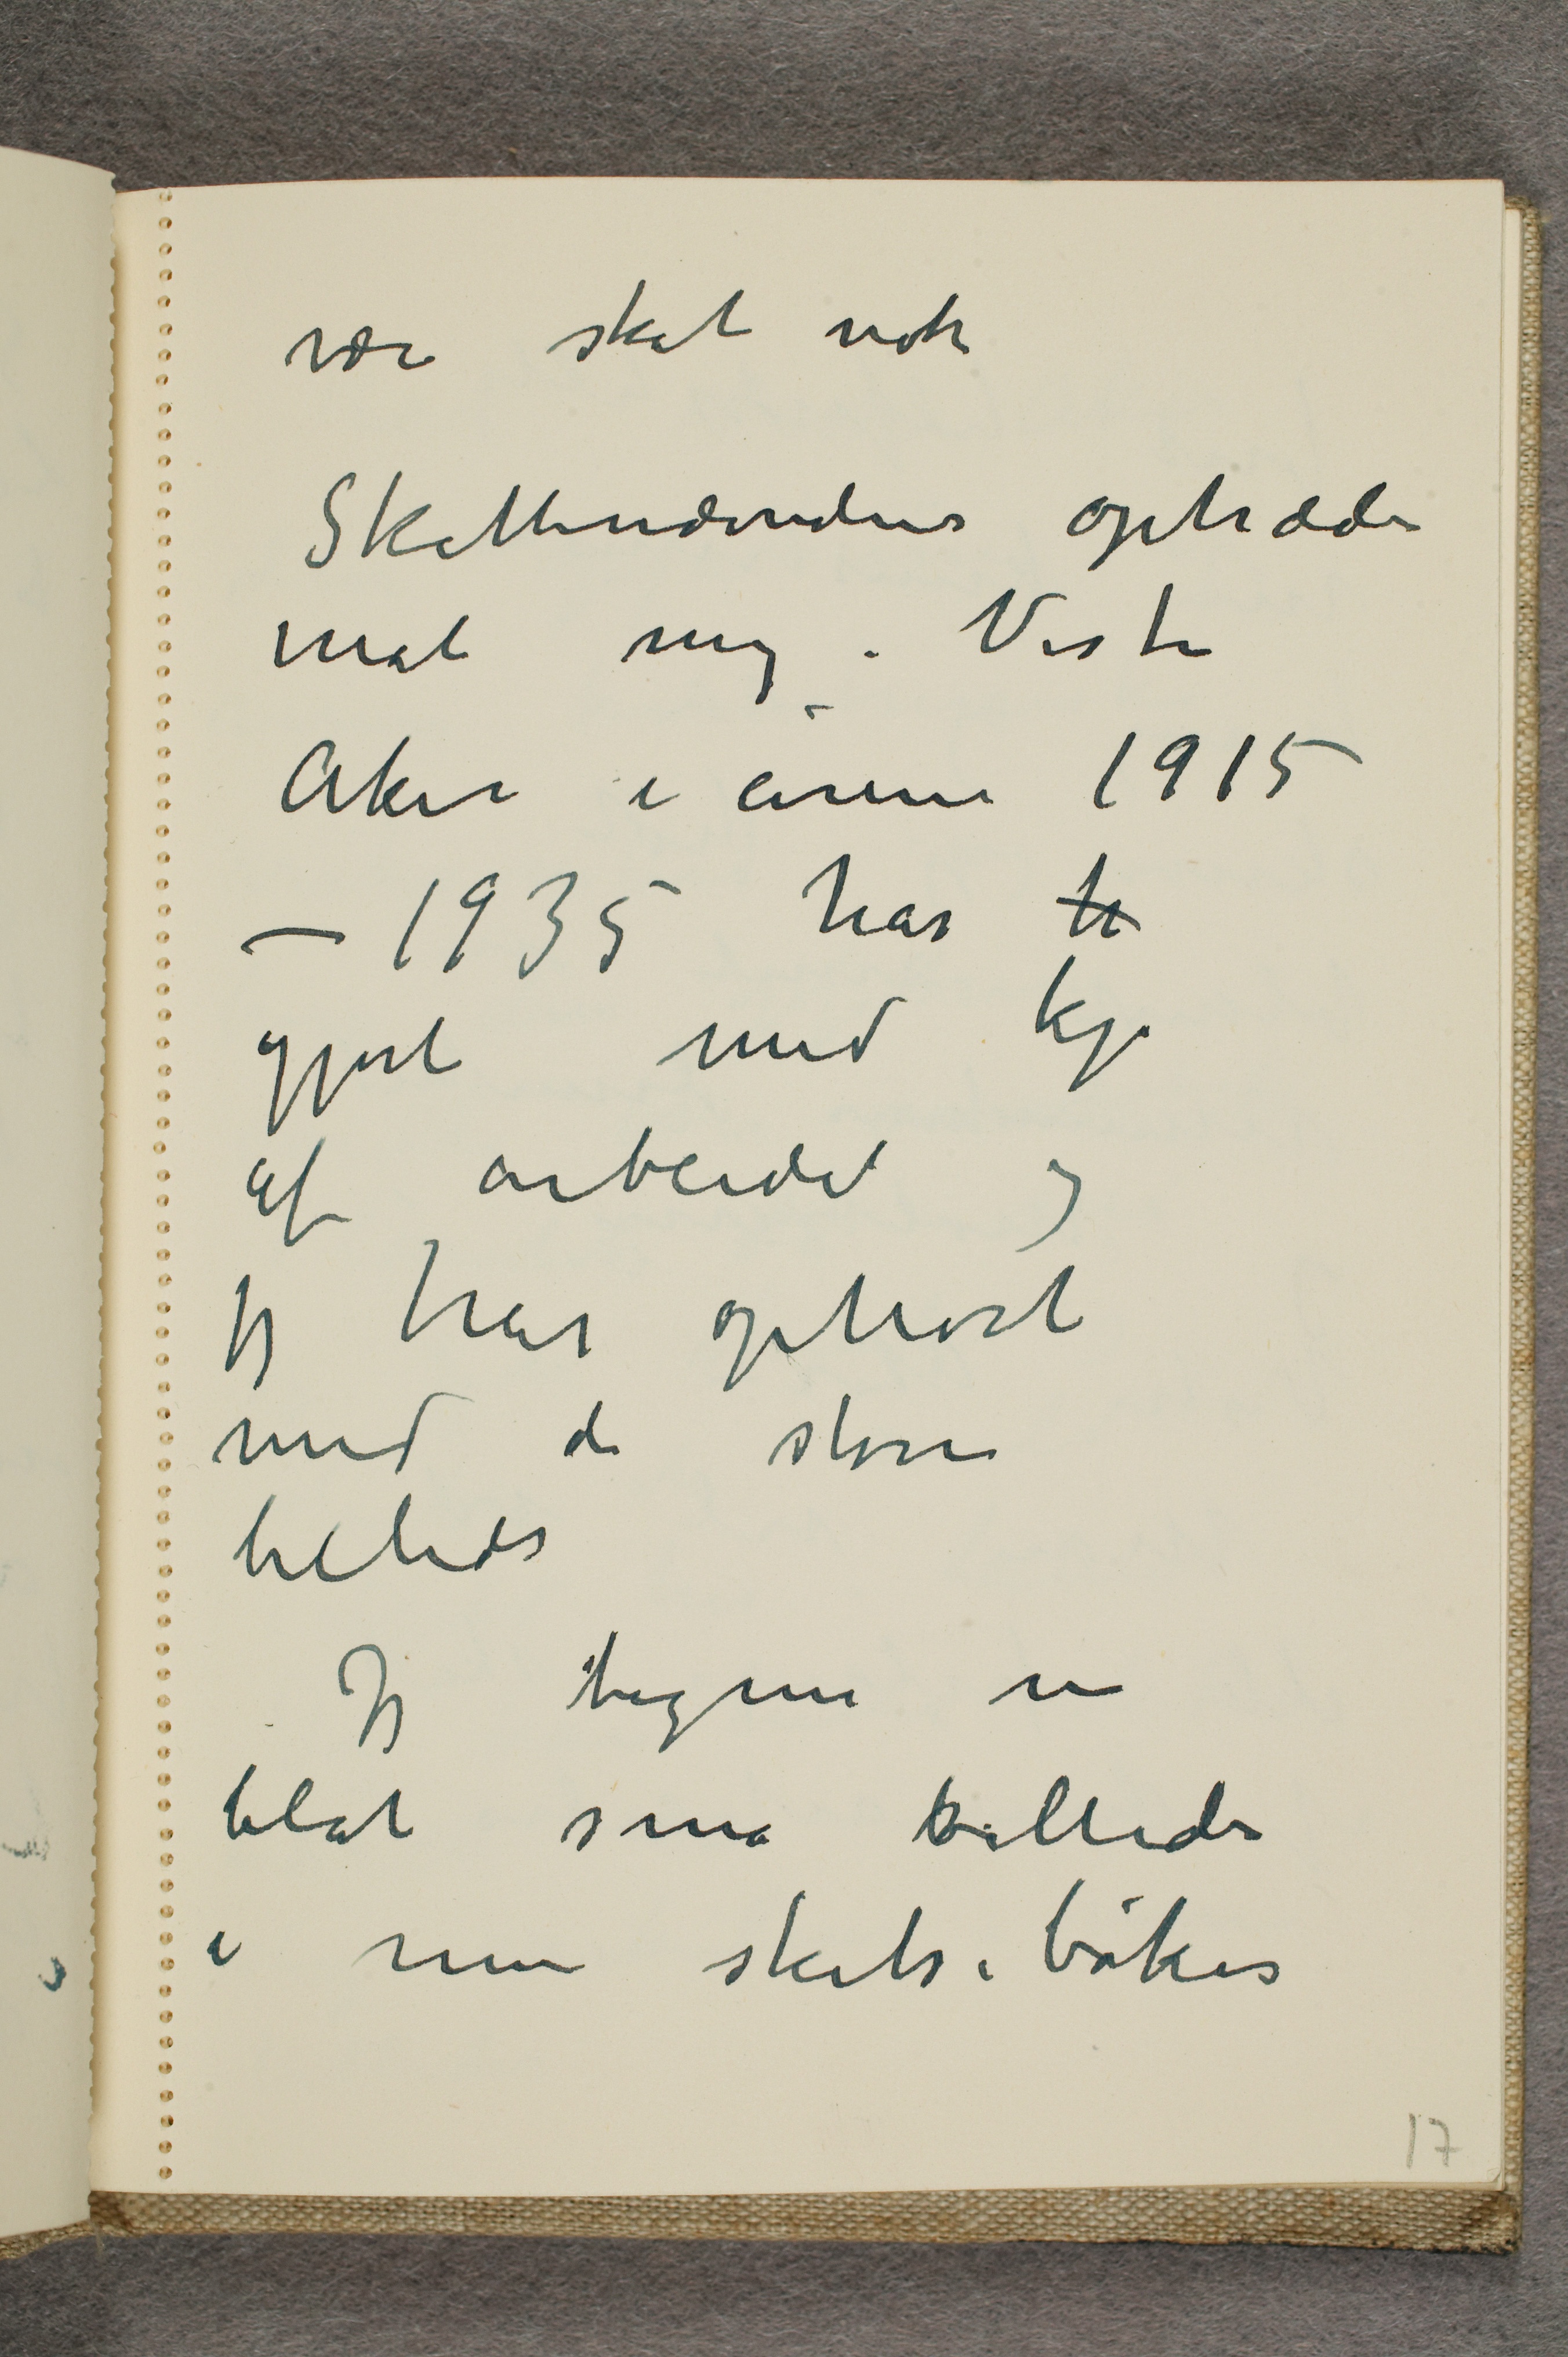
være skat nok
Skattenævndens optræde
mot mig i Vestre
Aker i årene 1915
– 1935 har h
gjort mig kje
af arbeidet og
jeg har ophørt
med de store
billeder
Jeg tegner nu
blot små billeder
i mine skitsebøker